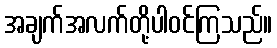
အချက်အလက်တို့ပါဝင်ကြသည်။